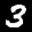
Label: 3